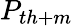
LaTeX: P_{{th+m}}